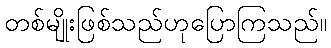
တစ်မျိုးဖြစ်သည်ဟုပြောကြသည်။